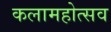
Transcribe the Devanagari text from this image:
कलामहोत्सव